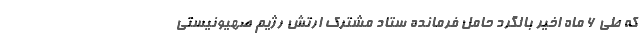
که طی 6 ماه اخیر بالگرد حامل فرمانده ستاد مشترک ارتش رژیم صهیونیستی